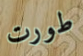
طورت